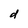
Character: d